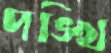
পঙ্খি